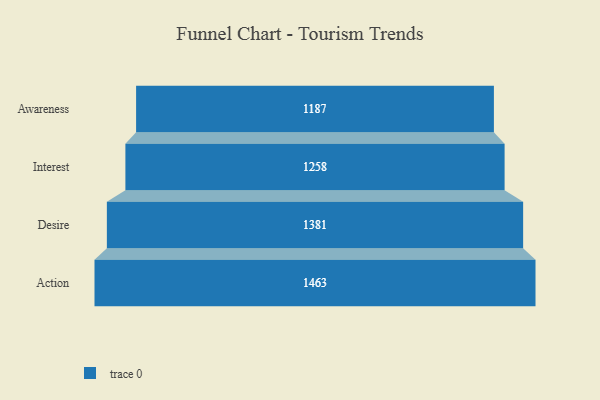
{"axis": {"x": "Stage", "y": "Value"}, "legend": [""], "data": [{"x": "Awareness", "y": 1187.0, "type": ""}, {"x": "Interest", "y": 1258.0, "type": ""}, {"x": "Desire", "y": 1381.0, "type": ""}, {"x": "Action", "y": 1463.0, "type": ""}]}